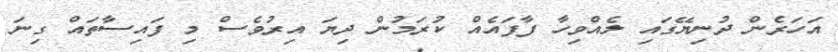
އަހަރެން ދުނިޔޭގައި ލެއްވިހާ ފާފައެއް ކުރަމުން ދިޔަ އިރުވެސް މި ފައިސާތައް ގިނަ